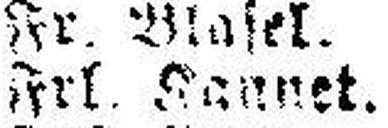
Frl. Jannet.